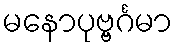
မနောပုဗ္ဗင်္ဂမာ